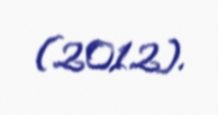
(2012).